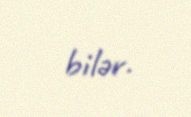
bilər.